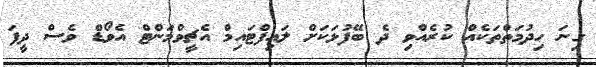
ގިނަ ހިދުމަތްތަކެއް ކުރެއްވި ދެ ބޭފުޅަކަށް ލައިފްޓައިމް އެޗީވްމަންޓް އެވޯޑް ވެސް ދީފަ